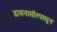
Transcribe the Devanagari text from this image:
डायनासॉरपासून